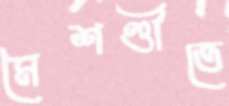
মৈশণ্ডীতে